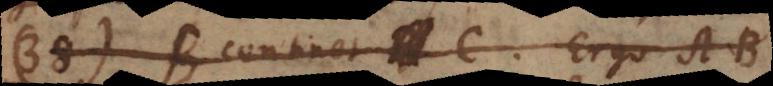
38) B continet C. Ergo AB